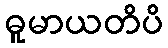
ဓူမာယတိပိ